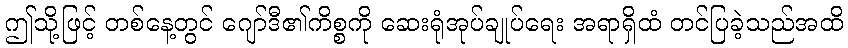
ဤသို့ဖြင့် တစ်နေ့တွင် ဂျော်ဒီ၏ကိစ္စကို ဆေးရုံအုပ်ချုပ်ရေး အရာရှိထံ တင်ပြခဲ့သည်အထိ